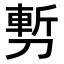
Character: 𭄇